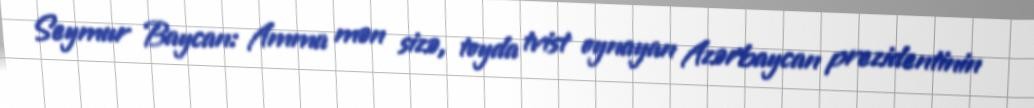
Seymur Baycan: Amma mən sizə, toyda tvist oynayan Azərbaycan prezidentinin